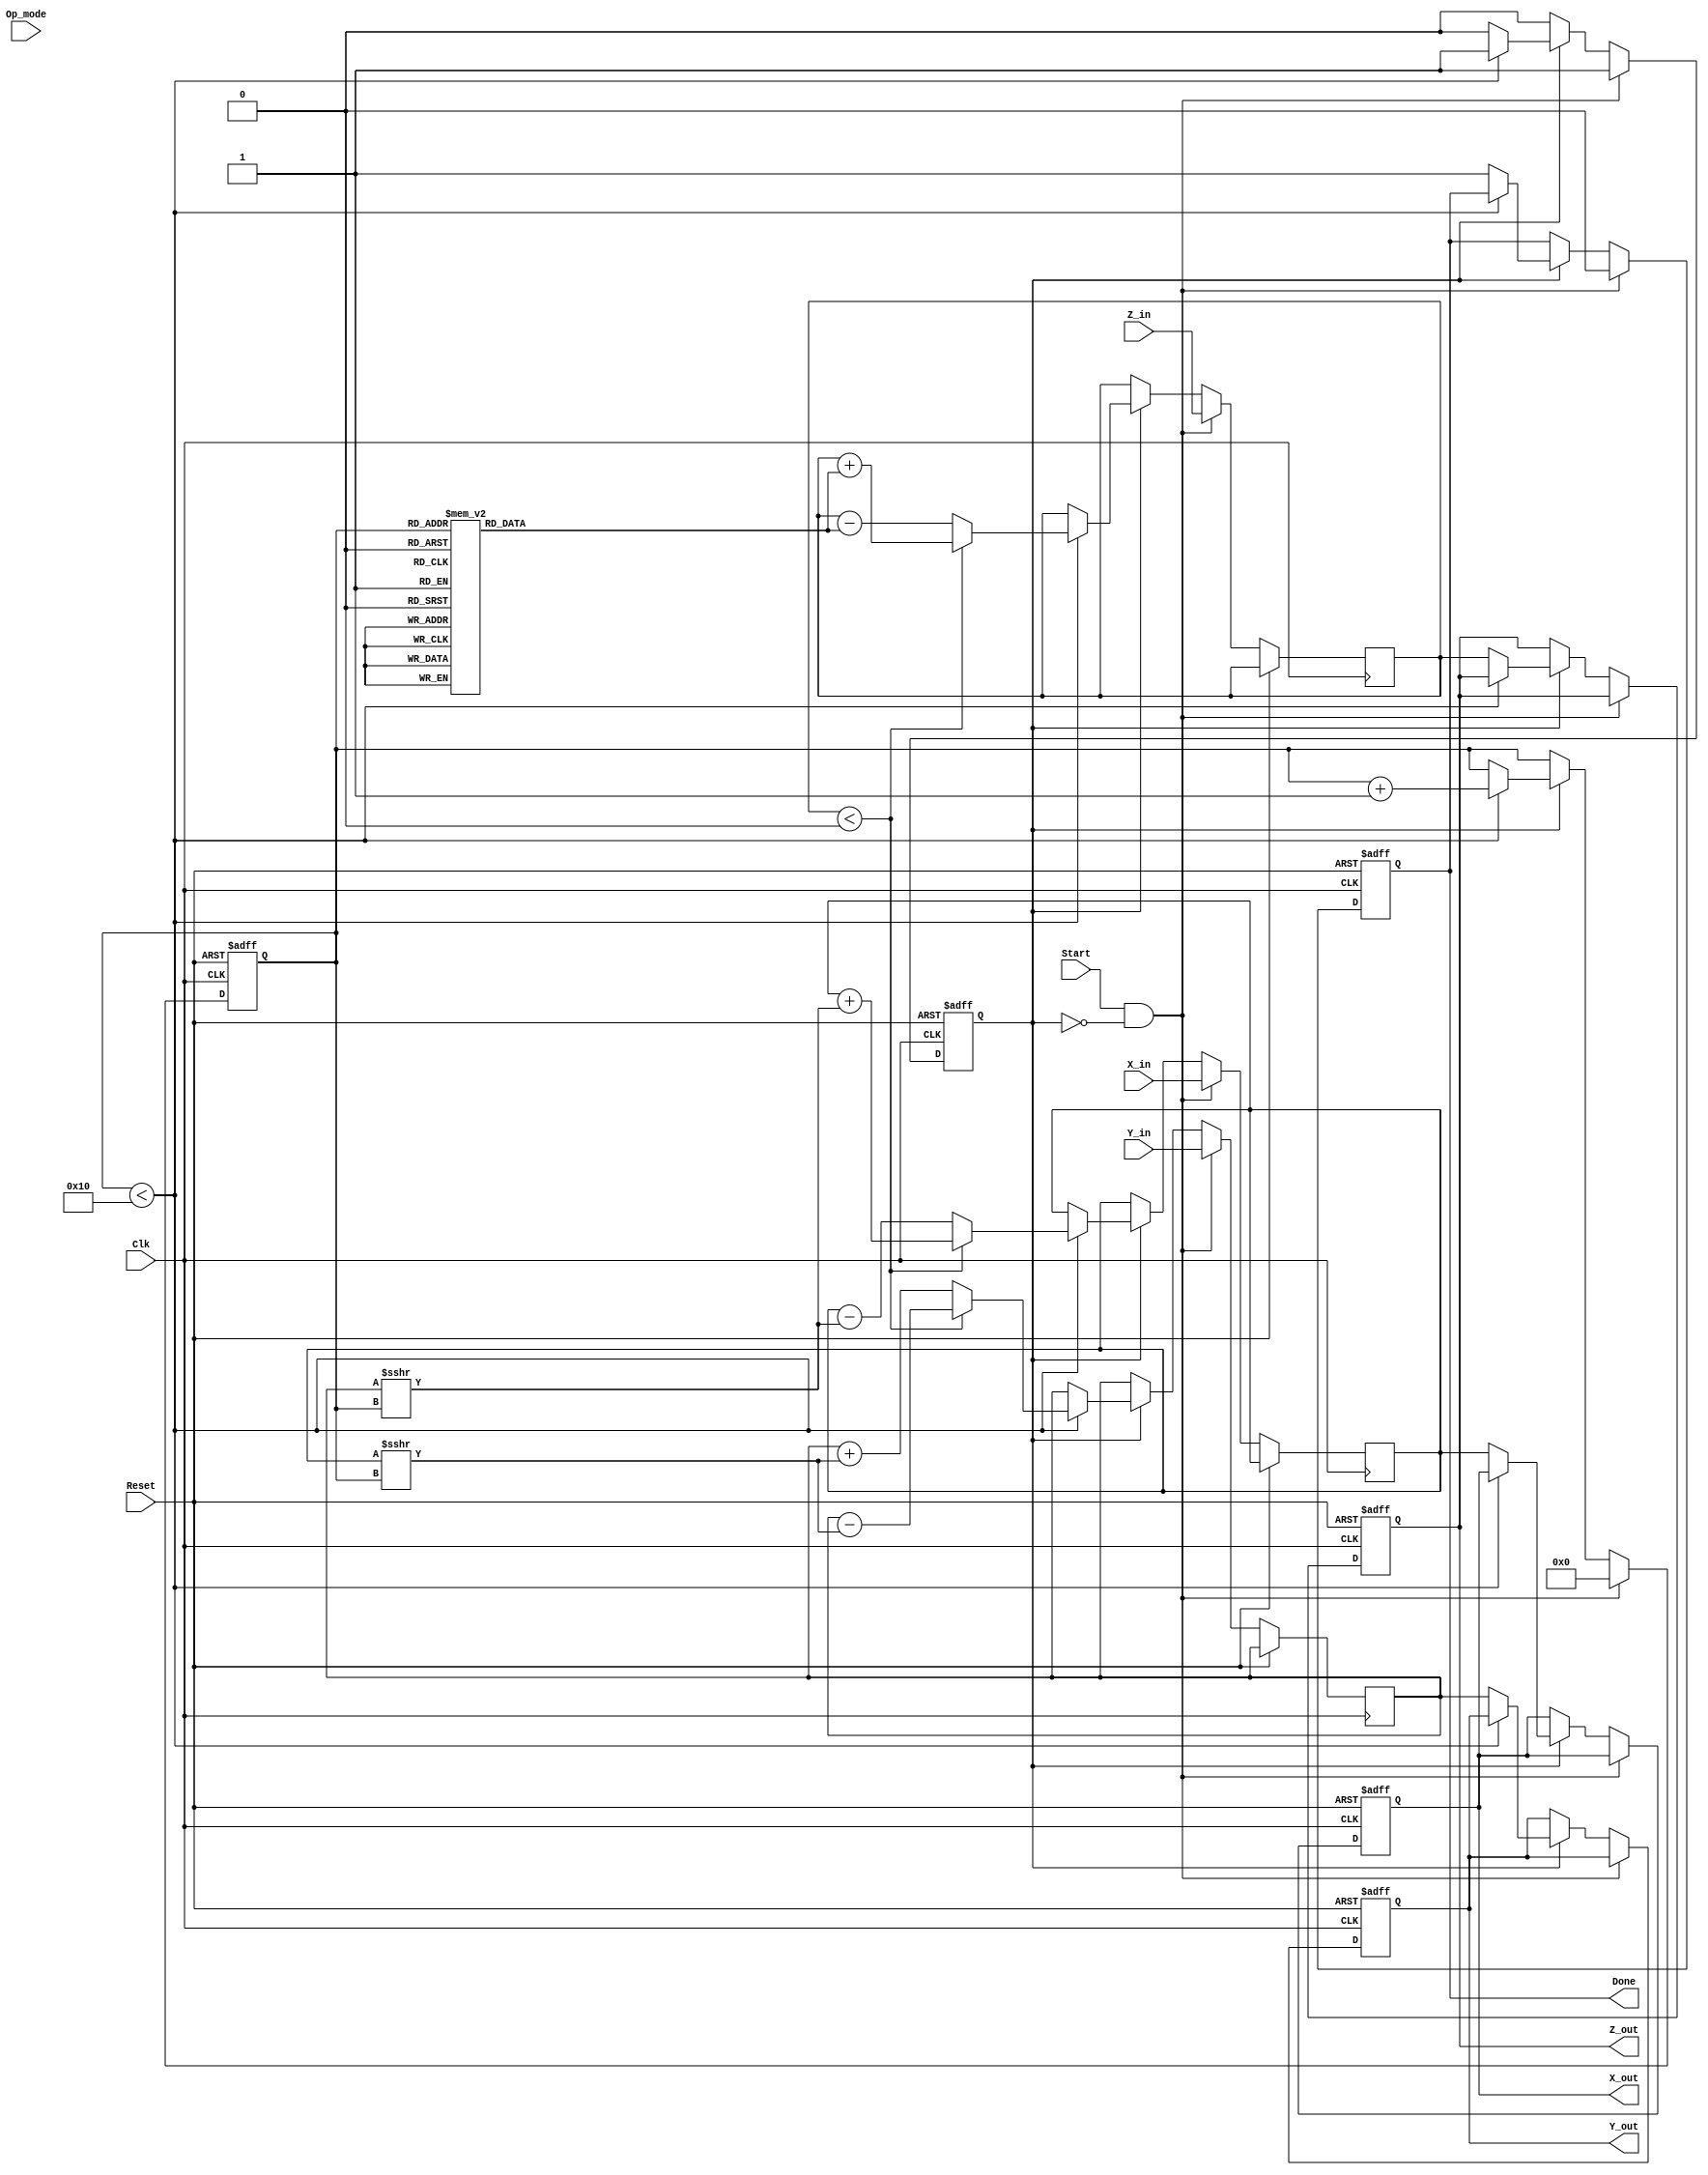
module Unified_CORDIC (
    input wire signed [15:0] X_in,    // Input vector X
    input wire signed [15:0] Y_in,    // Input vector Y
    input wire signed [15:0] Z_in,    // Input angle
    input wire [1:0] Op_mode,         // Operation mode selector
    input wire Start,                  // Start signal
    input wire Clk,                    // Clock signal
    input wire Reset,                  // Reset signal
    output reg signed [15:0] X_out,    // Output vector X
    output reg signed [15:0] Y_out,    // Output vector Y
    output reg signed [15:0] Z_out,    // Output angle
    output reg Done                    // Done signal
);

    // Parameters
    parameter NUM_ITERATIONS = 16;    // Number of CORDIC iterations
    parameter ANGLE_TABLE_SIZE = 16;   // Size of angle table

    // Angle table for CORDIC (in fixed-point representation)
    reg signed [15:0] angle_table [0:ANGLE_TABLE_SIZE-1];
    initial begin
        angle_table[0] = 16'h0000; // 0 degrees
        angle_table[1] = 16'h1C71; // 45 degrees
        angle_table[2] = 16'h0D89; // 26.565 degrees
        angle_table[3] = 16'h0A3D; // 15 degrees
        angle_table[4] = 16'h0523; // 7.125 degrees
        angle_table[5] = 16'h028F; // 3.576 degrees
        angle_table[6] = 16'h0147; // 1.789 degrees
        angle_table[7] = 16'h00A3; // 0.895 degrees
        angle_table[8] = 16'h0051; // 0.447 degrees
        angle_table[9] = 16'h0028; // 0.224 degrees
        angle_table[10] = 16'h0014; // 0.112 degrees
        angle_table[11] = 16'h000A; // 0.056 degrees
        angle_table[12] = 16'h0005; // 0.028 degrees
        angle_table[13] = 16'h0002; // 0.014 degrees
        angle_table[14] = 16'h0001; // 0.007 degrees
        angle_table[15] = 16'h0000; // 0 degrees
    end

    // Internal signals
    reg signed [15:0] x_reg, y_reg, z_reg;
    reg [3:0] iteration;
    reg computing;

    // State machine for CORDIC operation
    always @(posedge Clk or posedge Reset) begin
        if (Reset) begin
            X_out <= 0;
            Y_out <= 0;
            Z_out <= 0;
            Done <= 0;
            computing <= 0;
            iteration <= 0;
        end else if (Start && !computing) begin
            // Initialize registers
            x_reg <= X_in;
            y_reg <= Y_in;
            z_reg <= Z_in;
            iteration <= 0;
            computing <= 1;
            Done <= 0;
        end else if (computing) begin
            if (iteration < NUM_ITERATIONS) begin
                // CORDIC rotation logic
                if (z_reg < 0) begin
                    // Rotate clockwise
                    x_reg <= x_reg + (y_reg >>> iteration);
                    y_reg <= y_reg - (x_reg >>> iteration);
                    z_reg <= z_reg + angle_table[iteration];
                end else begin
                    // Rotate counter-clockwise
                    x_reg <= x_reg - (y_reg >>> iteration);
                    y_reg <= y_reg + (x_reg >>> iteration);
                    z_reg <= z_reg - angle_table[iteration];
                end
                iteration <= iteration + 1;
            end else begin
                // Finished computation
                X_out <= x_reg;
                Y_out <= y_reg;
                Z_out <= z_reg;
                Done <= 1;
                computing <= 0;
            end
        end
    end

endmodule